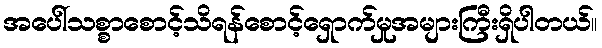
အပေါ်သစ္စာစောင့်သိရန်စောင့်ရှောက်မှုအများကြီးရှိပါတယ်။